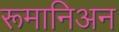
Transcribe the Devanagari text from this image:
रूमानिअन